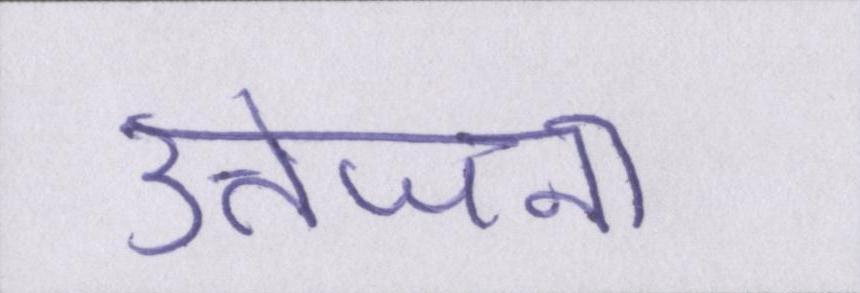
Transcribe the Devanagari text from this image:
उत्तेजना